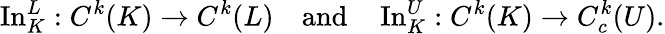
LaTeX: \operatorname{In}_{K}^{L}:C^{k}(K)\to C^{k}(L)\quad{\mathrm{and}}\quad\operatorname{In}_{K}^{U}:C^{k}(K)\to C_{c}^{k}(U).